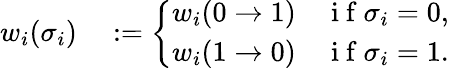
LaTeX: \begin{array}{rl}{w_{i}(\sigma_{i})}&{{}:=\left\{ \begin{array}{ll}{w_{i}(0\to 1)\quad\mathrm{~i~f~}\sigma_{i}=0,}\\ {w_{i}(1\to 0)\quad\mathrm{~i~f~}\sigma_{i}=1.}\end{array}\right.}\end{array}